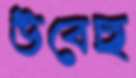
উবেছ